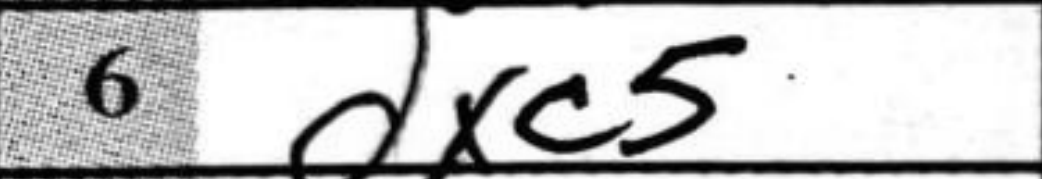
Transcription: dxc5